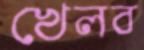
খেলব